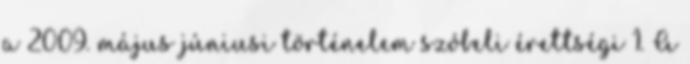
a 2009. május júniusi történelem szóbeli érettségi 1. A